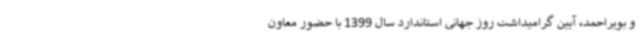
و بویراحمد، آیین گرامیداشت روز جهانی استاندارد سال 1399 با حضور معاون